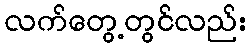
လက်တွေ့တွင်လည်း